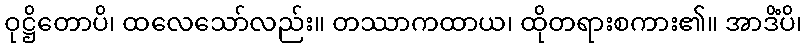
ဝုဋ္ဌိတောပိ၊ ထလေသော်လည်း။ တဿာကထာယ၊ ထိုတရားစကား၏။ အာဒိံပိ၊